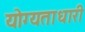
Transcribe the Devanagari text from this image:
योग्यताधारी